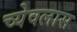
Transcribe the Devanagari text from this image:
च्येवलास